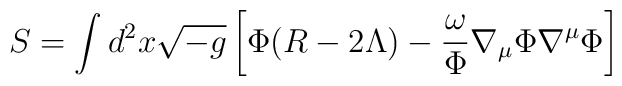
S=\int d^{2}x \sqrt{-g} \left[\Phi(R-2\Lambda) -\frac{\omega}{\Phi}  \nabla_{\mu}\Phi\nabla^{\mu}\Phi\right]